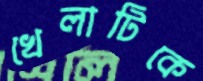
খেলাটিকে